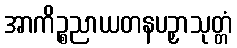
အာကိဉ္စညာယတနပဉှာသုတ္တံ